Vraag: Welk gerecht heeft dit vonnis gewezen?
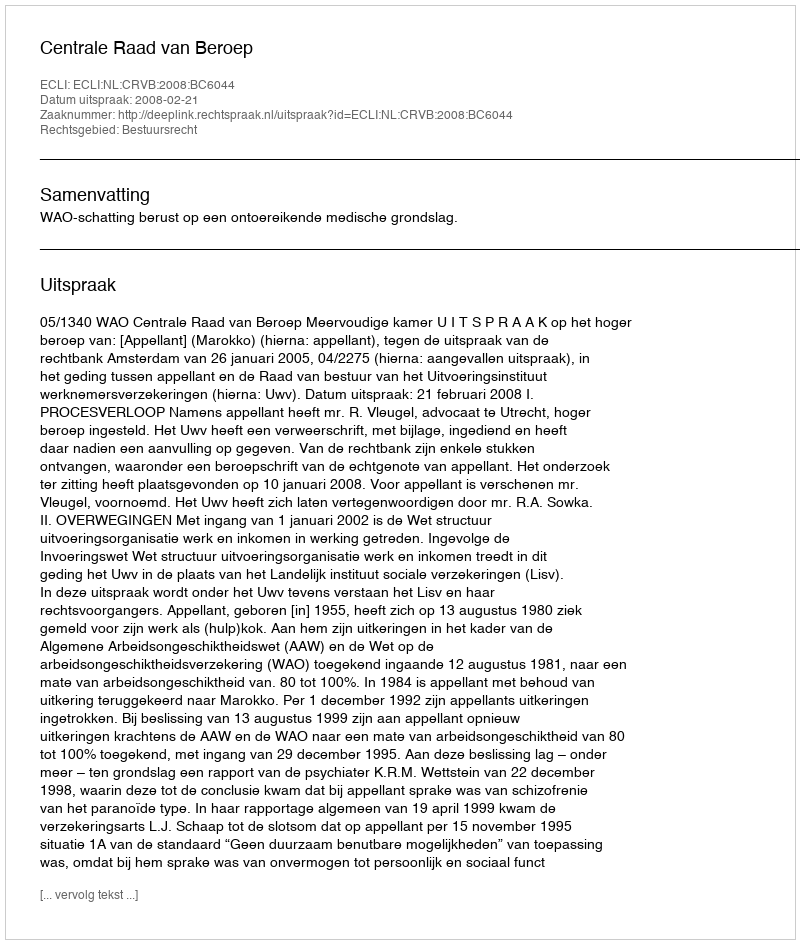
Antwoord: Centrale Raad van Beroep